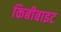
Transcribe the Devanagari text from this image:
किबीबाइट